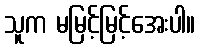
သူက မမြင့်မြင့်အေးပါ။